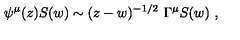
\psi ^ { \mu } ( z ) S ( w ) \sim ( z - w ) ^ { - 1 / 2 } \ \Gamma ^ { \mu } S ( w ) \ ,